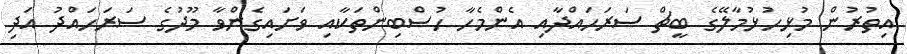
އިތުރުން މުޅިހުޅުމާލޭގެ ބީޗް ސަރަހައްދާއި އެންމެހާ ހުސްބިންތަކާއި ވަށައިގެންވާ މޫދުގެ ސަރަހައްދު އަދި